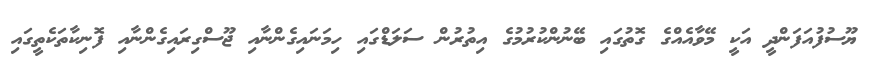
ޔޫސުފުއަފަންދީ އަކީ މޭވާއެއްގެ ގޮތުގައި ބޭނުންކުރުމުގެ އިތުރުން ސަލަޑްގައި ހިމަނައިގެންނާއި ޖޫސްގިރައިގެންނާއި ފޮނިކާތަކެތީގައި